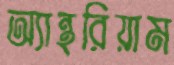
অ্যান্থরিয়াম